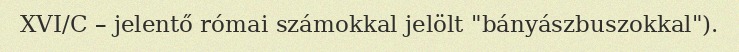
XVI/C – jelentő római számokkal jelölt "bányászbuszokkal").